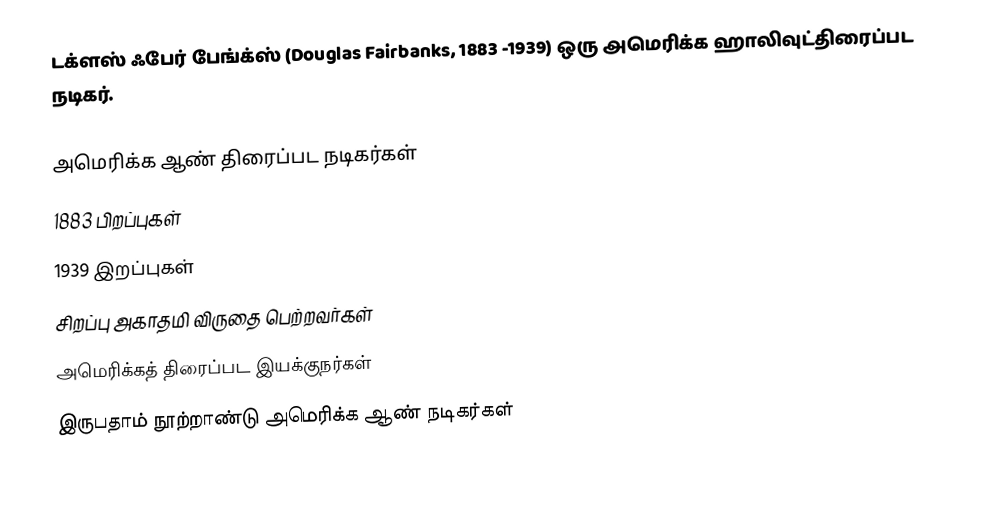
டக்ளஸ் ஃபேர் பேங்க்ஸ் (Douglas Fairbanks,  1883 -1939) ஒரு அமெரிக்க ஹாலிவுட்திரைப்பட நடிகர்.

அமெரிக்க ஆண் திரைப்பட நடிகர்கள்
1883 பிறப்புகள்
1939 இறப்புகள்
சிறப்பு அகாதமி விருதை பெற்றவர்கள்
அமெரிக்கத் திரைப்பட இயக்குநர்கள்
இருபதாம் நூற்றாண்டு அமெரிக்க ஆண் நடிகர்கள்